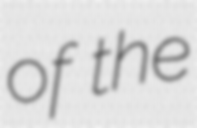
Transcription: of the